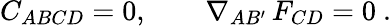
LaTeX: C_{ABCD}=0,\qquad\nabla_{AB^{\prime}}\, F_{CD}=0\ .